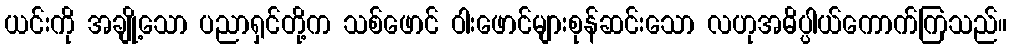
ယင်းကို အချို့သော ပညာရှင်တို့က သစ်ဖောင် ဝါးဖောင်များစုန်ဆင်းသော လဟုအဓိပ္ပါယ်ကောက်ကြသည်။